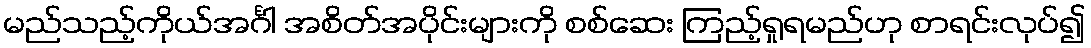
မည်သည့်ကိုယ်အင်္ဂါ အစိတ်အပိုင်းများကို စစ်ဆေး ကြည့်ရှုရမည်ဟု စာရင်းလုပ်၍